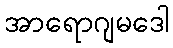
အာရောဂျမဒေါ